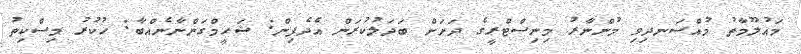
މައުލޫމާތު މުއްސަނދިވި މުންނާރު މިނިސްޓްރީގެ ދަށަށް ބަދަލުކުރަން އެދެފިން: ޝަހީމްގަންނާނެއްބާ: ހުކުރު މިސްކިތު